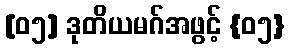
[၀၅] ဒုတိယမဂ်အဖွင့် {၀၅}